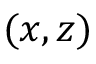
( x , z )